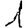
Digit: 1